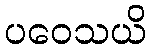
ပဝေသယိ